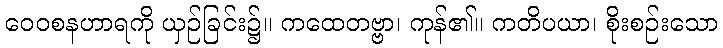
ဝေဝစနဟာရကို ယှဉ်ခြင်း၌။ ကထေတဗ္ဗာ၊ ကုန်၏။ ကတိပယာ၊ စိုးစဉ်းသော